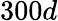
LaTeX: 300d